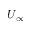
U _ { \infty }